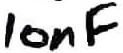
Text: 10nF